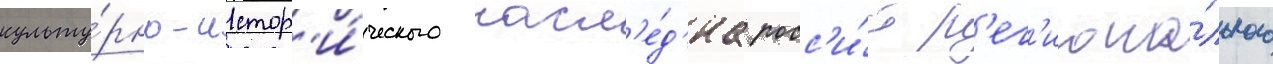
культу́рно-истор'и́ческого насл'е́д'иа росс'и́и р'ег'иона́льного